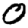
Digit: 0